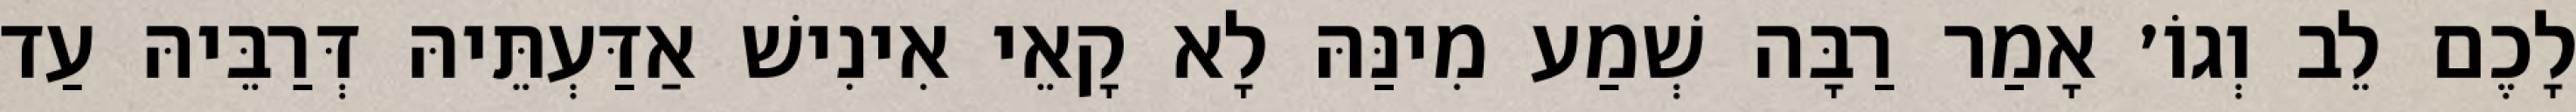
לָכֶם לֵב וְגוֹ׳ אָמַר רַבָּה שְׁמַע מִינַּהּ לָא קָאֵי אִינִישׁ אַדַּעְתֵּיהּ דְּרַבֵּיהּ עַד